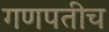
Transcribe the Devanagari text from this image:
गणपतीच